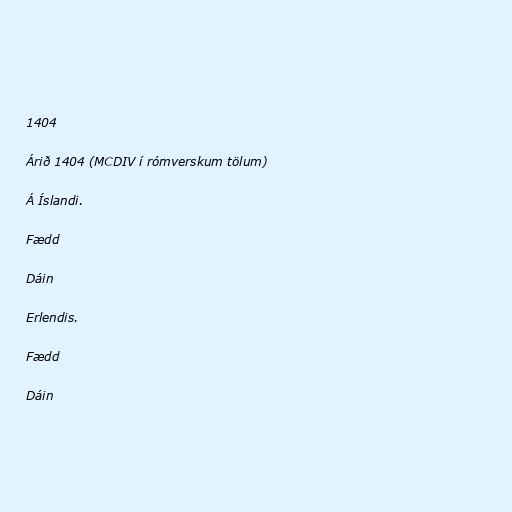
1404

Árið 1404 (MCDIV í rómverskum tölum)

Á Íslandi.

Fædd

Dáin

Erlendis.

Fædd

Dáin